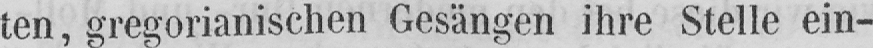
ten, gregorianischen Gesängen ihre Stelle ein-